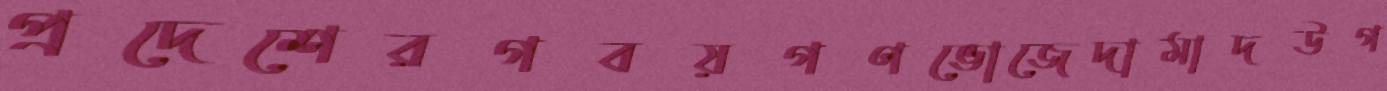
প্রদেশেরগবয়গণভোজেদামাদউগ